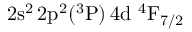
\mathrm { 2 s ^ { 2 } \, 2 p ^ { 2 } ( ^ { 3 } P ) \, 4 d ~ ^ { 4 } F _ { 7 / 2 } }